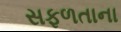
સફળતાના